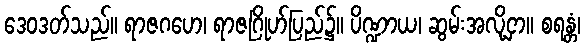
ဒေဝဒတ်သည်။ ရာဇဂဟေ၊ ရာဇဂြိုဟ်ပြည်၌။ ပိဏ္ဍာယ၊ ဆွမ်းအလို့ငှာ။ စရန္တံ၊